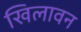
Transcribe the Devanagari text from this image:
खिलावन